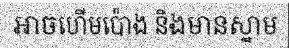
អាចហើមប៉ោង និងមានស្នាម